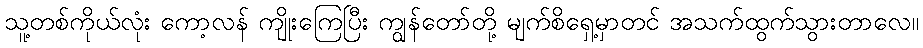
သူ့တစ်ကိုယ်လုံး ကော့လန် ကျိုးကြေပြီး ကျွန်တော်တို့ မျက်စိရှေ့မှာတင် အသက်ထွက်သွားတာလေ။